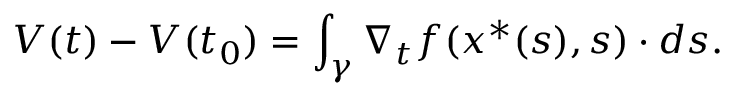
V ( t ) - V ( t _ { 0 } ) = \int _ { \gamma } \nabla _ { t } f ( x ^ { \ast } ( s ) , s ) \cdot d s .